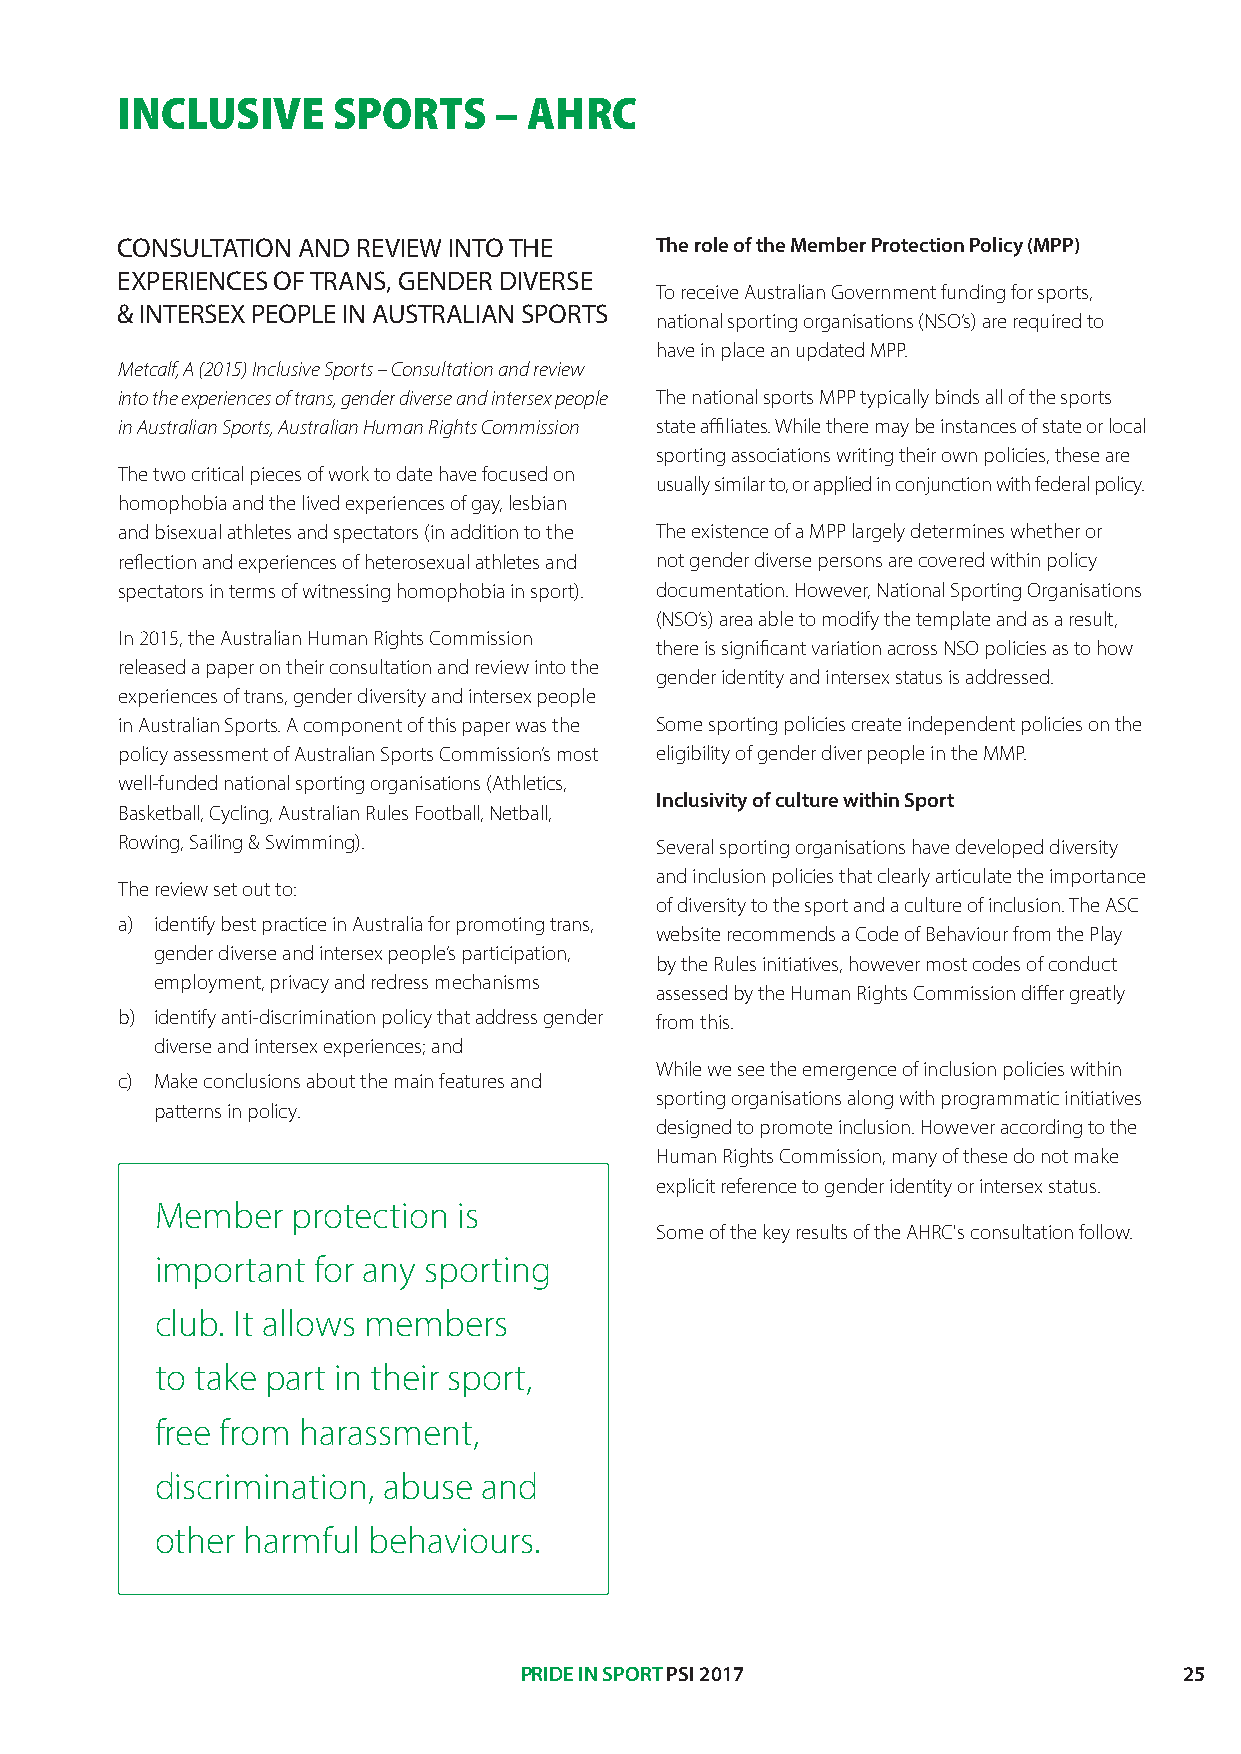
INCLUSIVE     SPORTS     – AHRC
 CONSULTATION AND REVIEW INTO THE   The role of the Member Protection Policy (MPP)
 EXPERIENCES OF TRANS, GENDER DIVERSE
 To receive Australian Government funding for sports,
 & INTERSEX PEOPLE IN AUSTRALIAN SPORTS
 national sporting organisations (NSO’s) are required to
 have in place an updated MPP.
 Metcalf, A (2015) Inclusive Sports – Consultation and review
 into the experiences of trans, gender diverse and intersex people The national sports MPP typically binds all of the sports
 in Australian Sports, Australian Human Rights Commission state affiliates. While there may be instances of state or local
 sporting associations writing their own policies, these are
 The two critical pieces of work to date have focused on
 usually similar to, or applied in conjunction with federal policy.
 homophobia and the lived experiences of gay, lesbian
 and bisexual athletes and spectators (in addition to the The existence of a MPP largely determines whether or
 reflection and experiences of heterosexual athletes and not gender diverse persons are covered within policy
 spectators in terms of witnessing homophobia in sport). documentation. However, National Sporting Organisations
 (NSO’s) area able to modify the template and as a result,
 In 2015, the Australian Human Rights Commission
 there is significant variation across NSO policies as to how
 released a paper on their consultation and review into the
 gender identity and intersex status is addressed.
 experiences of trans, gender diversity and intersex people
 in Australian Sports. A component of this paper was the Some sporting policies create independent policies on the
 policy assessment of Australian Sports Commission’s most eligibility of gender diver people in the MMP.
 well-funded national sporting organisations (Athletics,
 Inclusivity of culture within Sport
 Basketball, Cycling, Australian Rules Football, Netball,
 Rowing, Sailing & Swimming).       Several sporting organisations have developed diversity
 and inclusion policies that clearly articulate the importance
 The review set out to:
 of diversity to the sport and a culture of inclusion. The ASC
 a) identify best practice in Australia for promoting trans,
 website recommends a Code of Behaviour from the Play
 gender diverse and intersex people’s participation,
 by the Rules initiatives, however most codes of conduct
 employment, privacy and redress mechanisms
 assessed by the Human Rights Commission differ greatly
 b) identify anti-discrimination policy that address gender from this.
 diverse and intersex experiences; and
 While we see the emergence of inclusion policies within
 c) Make conclusions about the main features and
 sporting organisations along with programmatic initiatives
 patterns in policy.
 designed to promote inclusion. However according to the
 Human Rights Commission, many of these do not make
 explicit reference to gender identity or intersex status.
 Member   protection is
 Some of the key results of the AHRC's consultation follow.
 important  for any sporting
 club. It allows members
 to take part in their sport,
 free from harassment,
 discrimination, abuse and
 other harmful behaviours.
 PRIDE IN SPORT PSI 2017                     25